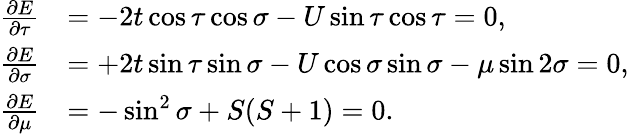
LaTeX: \begin{array}{rl}{\frac{\partial E}{\partial\tau}}&{=-2t\cos\tau\cos\sigma-U\sin\tau\cos\tau=0,}\\ {\frac{\partial E}{\partial\sigma}}&{=+2t\sin\tau\sin\sigma-U\cos\sigma\sin\sigma-\mu\sin 2\sigma=0,}\\ {\frac{\partial E}{\partial\mu}}&{=-\sin^{2}\sigma+S(S+1)=0.}\end{array}